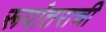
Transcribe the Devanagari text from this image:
रूपांतराची